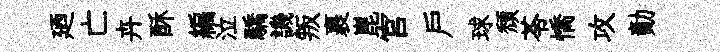
廼亡卉酥編泣驕譏叛裹崑宫戸球頹苓憍攻勣